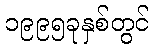
၁၉၉၅ခုနှစ်တွင်